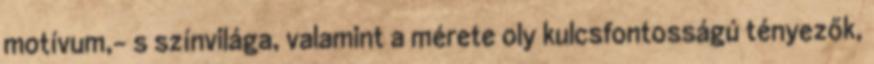
motívum,- s színvilága, valamint a mérete oly kulcsfontosságú tényezők,